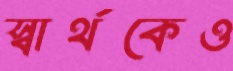
স্বার্থকেও